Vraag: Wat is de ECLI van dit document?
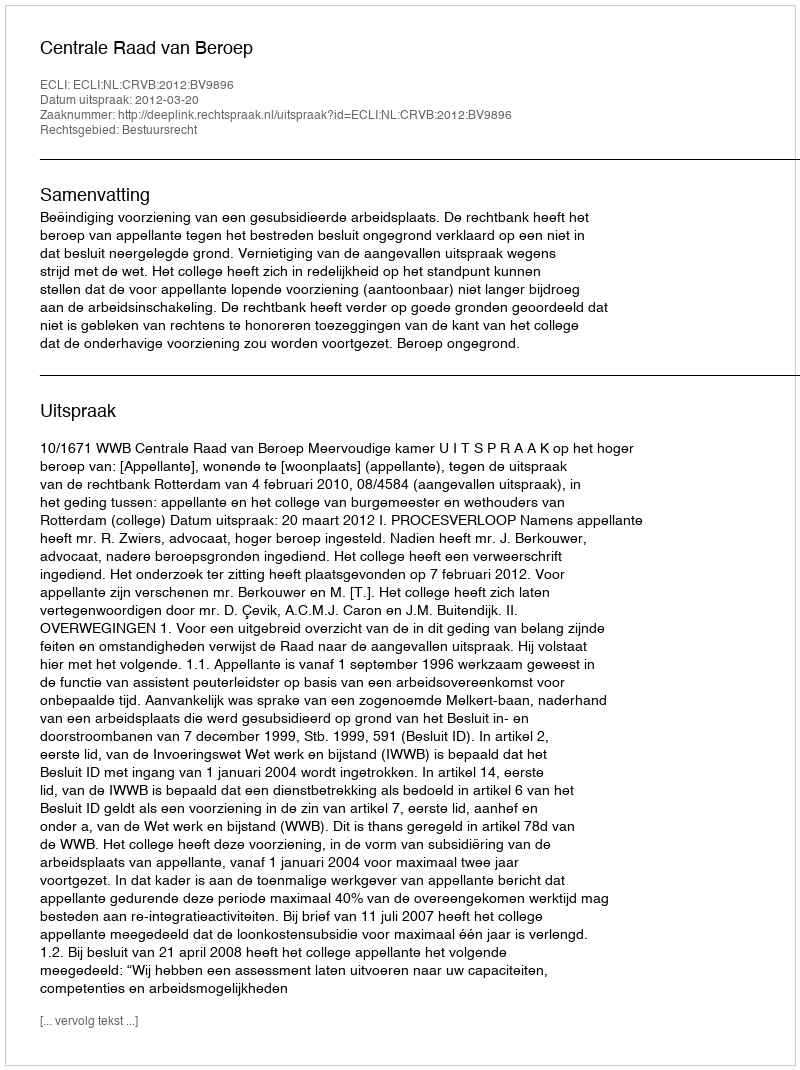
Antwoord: ECLI:NL:CRVB:2012:BV9896